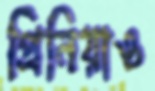
প্রিনিয়াও